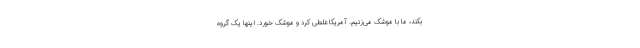
بکند، ما با موشک می‌زنیم. آمریکا غلطی کرد و موشک خورد. اینها یک گروه